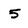
Character: 5